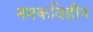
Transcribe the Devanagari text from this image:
नमकविहीन